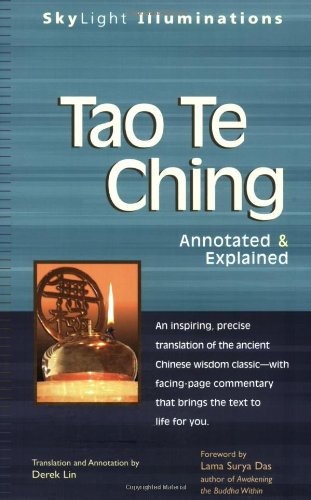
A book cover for Tao Te Ching: Annotated & Explained (SkyLight Illuminations); Lao Tzu; Religion & Spirituality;